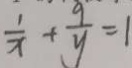
\frac { 1 } { x } + \frac { 9 } { y } = 1